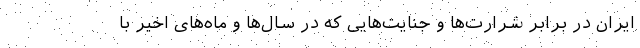
ایران در برابر شرارت‌ها و جنایت‌هایی که در سال‌ها و ماه‌های اخیر با